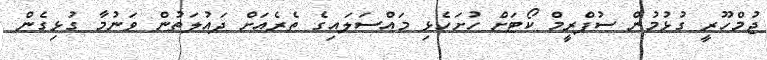
ޖުމްހޫރީ ގުޅުމުން ސުޕްރީމް ކޯޓަށް ހުށަހެޅި މައްސަލައިގެ ތެރެއަށް ދައުލަތުން ވަނުމާ ގުޅިގެން